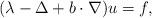
LaTeX: \begin{align*}(\lambda-\Delta + b \cdot \nabla)u=f, \end{align*}